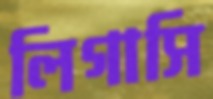
লিগাসি